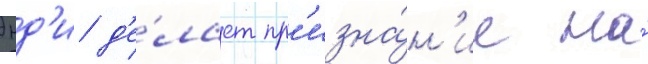
Энд'и д'е́лает пр'изна́н'ие на́